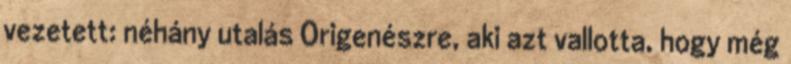
vezetett: néhány utalás Origenészre, aki azt vallotta, hogy még